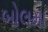
બોલમા